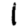
Digit: 1